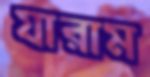
যারাম